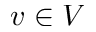
v \in V